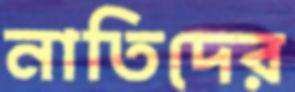
নাতিদের